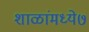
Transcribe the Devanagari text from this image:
शाळांमध्ये७